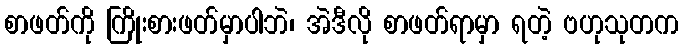
စာဖတ်ကို ကြိုးစားဖတ်မှာပါဘဲ၊ အဲဒီလို စာဖတ်ရာမှာ ရတဲ့ ဗဟုသုတက